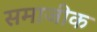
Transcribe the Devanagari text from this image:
समाजीक